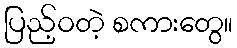
ပြည့်ဝတဲ့ စကားတွေ။